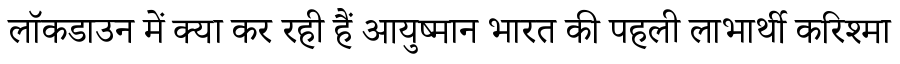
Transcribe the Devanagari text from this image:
लॉकडाउन में क्या कर रही हैं आयुष्मान भारत की पहली लाभार्थी करिश्मा